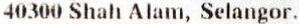
40300 SHAH ALAM, SELANGOR.